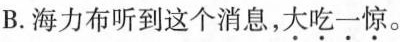
B.海力布听到这个消息，大吃一惊。